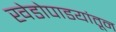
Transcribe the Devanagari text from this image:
खेडोपाडयांतून